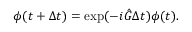
\boldsymbol { \phi } ( t + \Delta t ) = \exp ( - i \hat { G } \Delta t ) \boldsymbol { \phi } ( t ) .